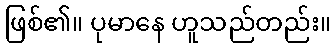
ဖြစ်၏။ ပုမာနေ ဟူသည်တည်း။